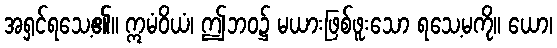
အရှင်ရသေ့၏။ ဣမံဝိယံ၊ ဤဘဝ၌ မယားဖြစ်ဖူးသော ရသေ့မကို။ ယော၊